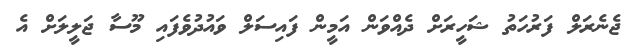
ޖެނެރަލް ފަރުހަތު ޝަހީރަށް ދެއްވަން އަމީން ފައިސަލް ވައުދުވެފައި މޫސާ ޖަލީލަށް އެ